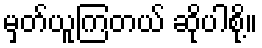
မှတ်ယူကြတယ် ဆိုပါစို့။